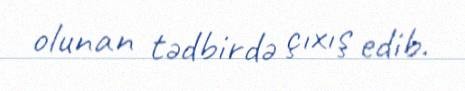
olunan tədbirdə çıxış edib.